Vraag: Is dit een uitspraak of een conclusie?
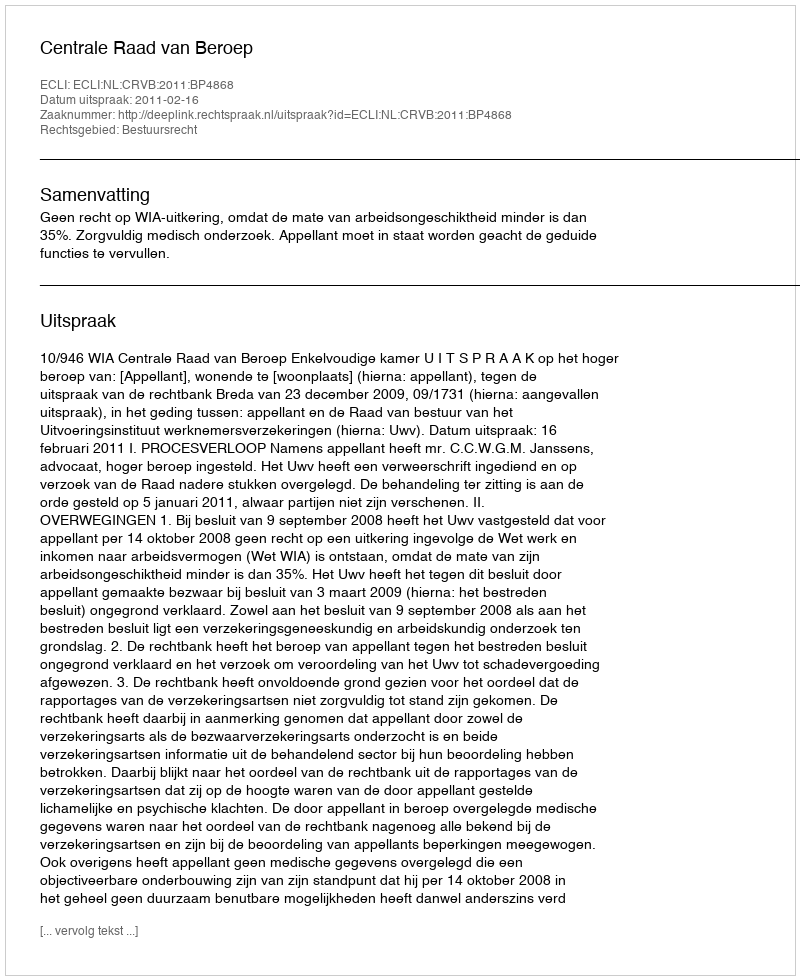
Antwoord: Uitspraak